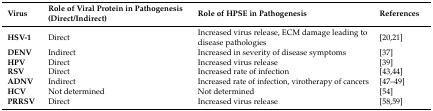
| Virus | Role of Viral Protein in Pathogenesis (Direct/Indirect) | Role of HPSE in Pathogenesis | References |
 | --- | --- | --- | --- |
 | HSV-1 | Direct | Increased virus release, ECM damage leading to disease pathologies | [20,21] |
 | DENV | Indirect | Increased in severity of disease symptoms | [37] |
 | HPV | Direct | Increased virus release | [39] |
 | RSV | Direct | Increased rate of infection | [43,44] |
 | ADNV | Indirect | Increased rate of infection, virotherapy of cancers | [47–49] |
 | HCV | Not determined | Not determined | [54] |
 | PRRSV | Direct | Increased virus release | [58,59] |